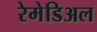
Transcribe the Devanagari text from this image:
रेमेडिअल